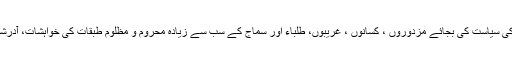
سرمایہ داروں اور جاگیرداروں کے مفادات کی سیاست کی بجائے مزدوروں ، کسانوں ، غریبوں، طلباء اور سماج کے سب سے زیادہ محروم و مظلوم طبقات کی خواہشات، آدرشوں، آرزوؤں اور مفادات کی سیاست کو اپنایا۔